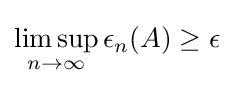
\limsup _{n\to \infty }\epsilon _{n}(A)\geq \epsilon